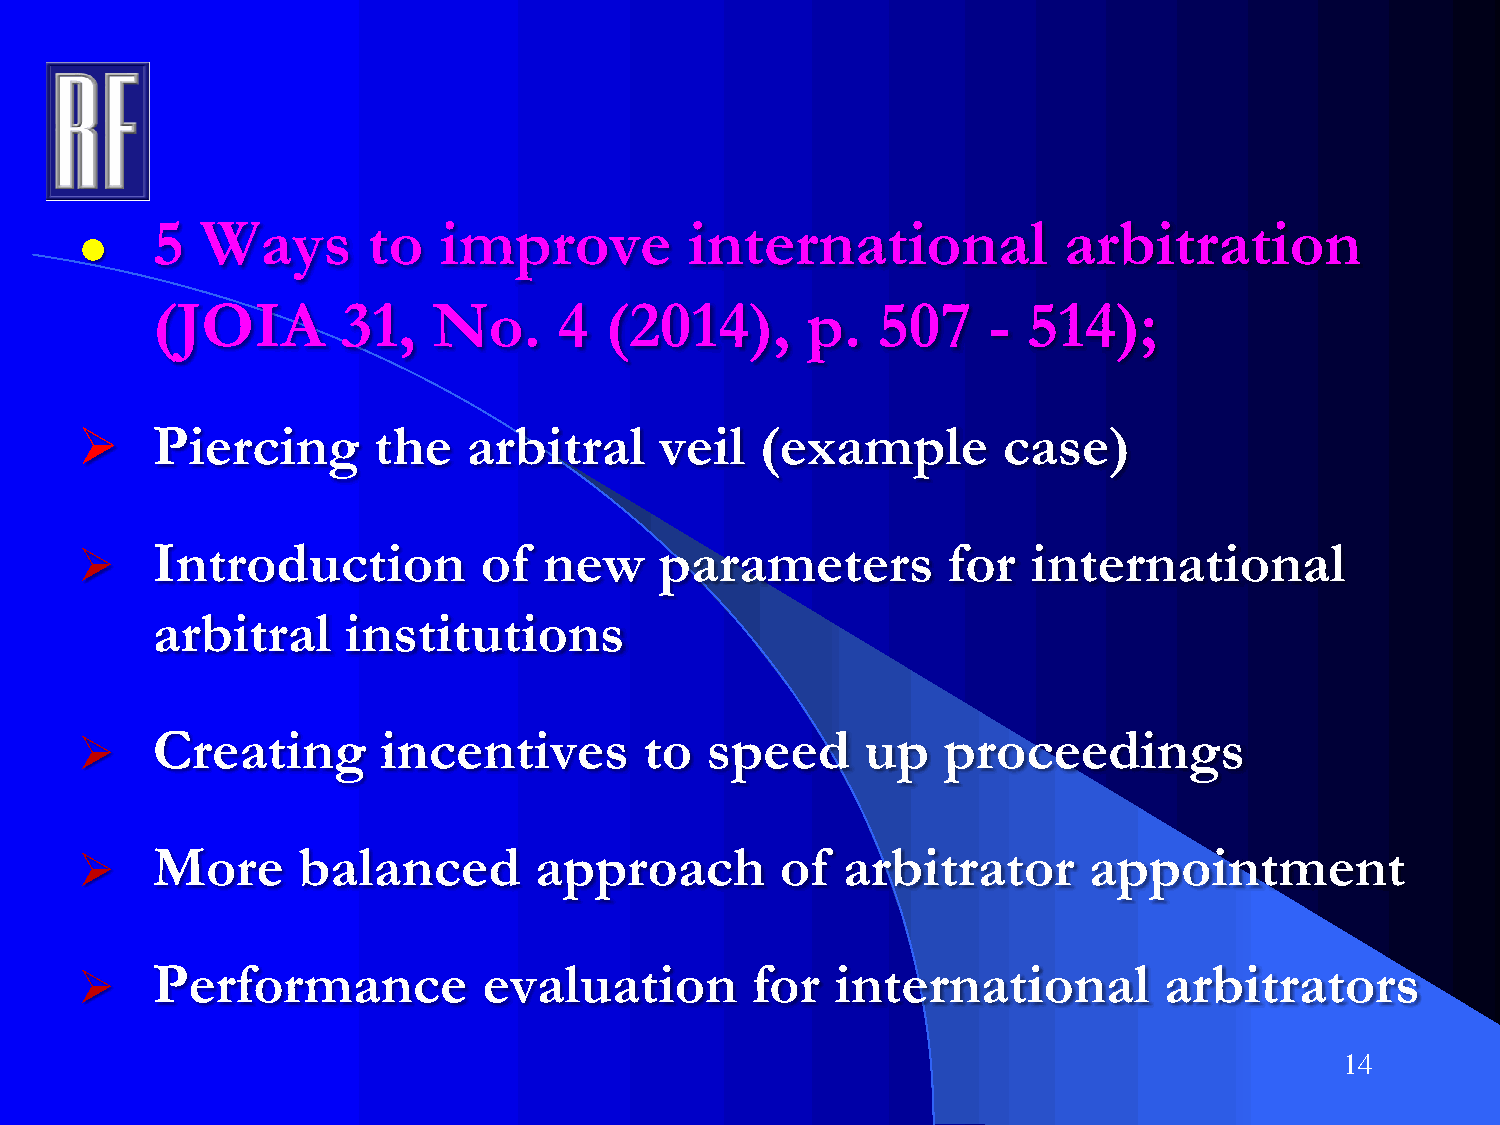
5  Ways       to   improve          international           arbitration
 ●
 (JOIA        31,   No.     4  (2014),      p.   507    -  514);
     Piercing       the   arbitral     veil  (example        case)
     Introduction          of  new     parameters         for  international
 arbitral     institutions
     Creating       incentives        to  speed     up   proceedings
     More      balanced       approach         of  arbitrator      appointment
     Performance           evaluation        for  international         arbitrators
 14